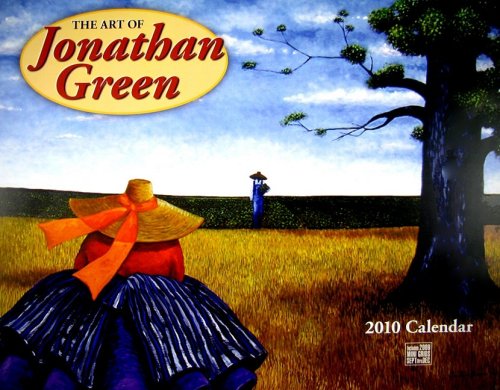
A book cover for The Art of Jonathan Green Calendar; Calendars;